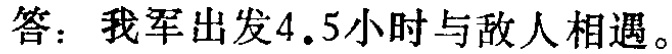
答：我军出发$4.5$小时与敌人相遇。